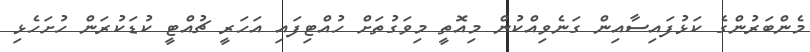
މެންބަރުންގެ ކަޅުފައިސާއިން ގަނެވިއްކުން މިއޮތީ މިވަގުތަށް ހުއްޓިފައި އަހަރީ ޗުއްޓީ ކުޑަކުރަން ހުށަހެޅި